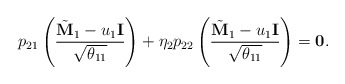
\begin{align*} p_{21} \left( \frac{\tilde{\bf M}_1 - u_1 {\bf I}}{\sqrt{\theta_{11}}}\right) + \eta_2 p_{22} \left( \frac{\tilde{\bf M}_1 - u_1 {\bf I}}{\sqrt{\theta_{11}}}\right) = {\bf 0}.\end{align*}